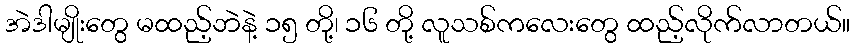
အဲဒါမျိုးတွေ မထည့်ဘဲနဲ့ ၁၅ တို့၊ ၁၆ တို့ လူသစ်ကလေးတွေ ထည့်လိုက်လာတယ်။